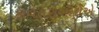
કાવતરાખોરોએ